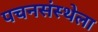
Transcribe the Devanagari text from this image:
पचनसंस्थेला